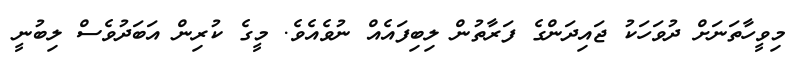
މިވީހާތަނަށް ދުވަހަކު ޖައިދަންގެ ފަރާތުން ލިބިފައެއް ނުވެއެވެ. މީގެ ކުރިން އަބަދުވެސް ލިބުނީ